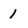
Character: 1